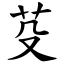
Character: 芟